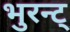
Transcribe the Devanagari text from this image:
भुरन्ट्